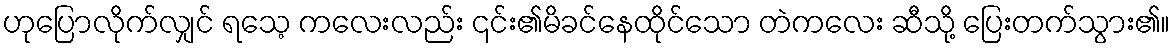
ဟုပြောလိုက်လျှင် ရသေ့ ကလေးလည်း ၎င်း၏မိခင်နေထိုင်သော တဲကလေး ဆီသို့ ပြေးတက်သွား၏။